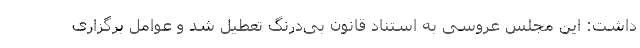
داشت: این مجلس عروسی به استناد قانون بی‌درنگ تعطیل شد و عوامل برگزاری